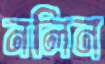
নলিন